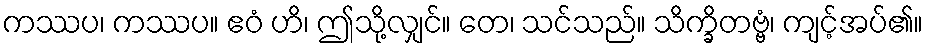
ကဿပ၊ ကဿပ။ ဧဝံ ဟိ၊ ဤသို့လျှင်။ တေ၊ သင်သည်။ သိက္ခိတဗ္ဗံ၊ ကျင့်အပ်၏။